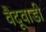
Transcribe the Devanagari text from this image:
वैदूवाडी